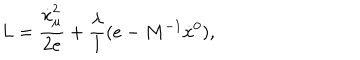
L = \frac { \dot { x } _ { \mu } ^ { 2 } } { 2 e } + \frac { \lambda } { l } ( e - M ^ { - 1 } \dot { x } { } ^ { 0 } ) ,